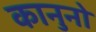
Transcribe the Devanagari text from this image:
कानुनो